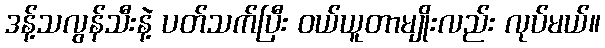
ဒန့်သလွန်သီးနဲ့ ပတ်သက်ပြီး ဝယ်ယူတာမျိုးလည်း လုပ်မယ်။